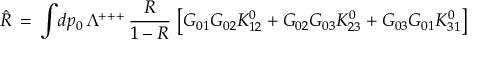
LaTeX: \hat { R } \, = \, \int \! d p _ { 0 } \, \Lambda ^ { + + + } \, { \frac { R } { 1 - R } } \, \left[ G _ { 0 1 } G _ { 0 2 } K _ { 1 2 } ^ { 0 } + G _ { 0 2 } G _ { 0 3 } K _ { 2 3 } ^ { 0 } + G _ { 0 3 } G _ { 0 1 } K _ { 3 1 } ^ { 0 } \right]